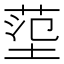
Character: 𡎊